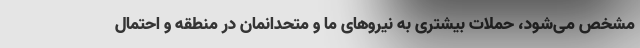
مشخص می‌شود، حملات بیشتری به نیروهای ما و متحدانمان در منطقه و احتمال